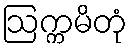
ဩက္ကမိတုံ